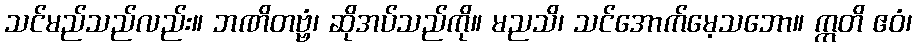
သင်မည်သည်လည်း။ ဘဏိတဗ္ဗံ၊ ဆိုအပ်သည်ကို။ မညသိ၊ သင်အောက်မေ့သဘော။ ဣတိ ဧဝံ၊